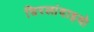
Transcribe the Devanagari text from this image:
घिरलांदाइयो